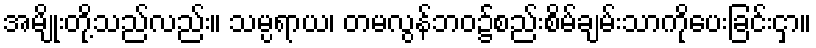
အမျိုးတို့သည်လည်း။ သမ္ပရာယ၊ တမလွန်ဘဝ၌စည်းစိမ်ချမ်းသာကိုပေးခြင်းငှာ။